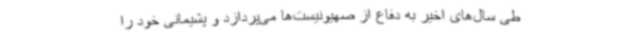
طی سال‌های اخیر به دفاع از صهیونیست‌ها می‌پردازد و پشیمانی خود را